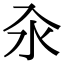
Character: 汆